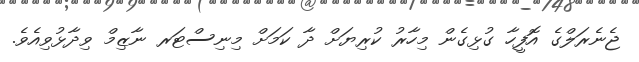
ޖެނެރަލްގެ އޮފީހާ ގުޅިގެން މިހާރު ކުރިޔަށް ދާ ކަމަށް މިނިސްޓަރ ނާޒިމް ވިދާޅުވިއެވެ.